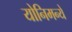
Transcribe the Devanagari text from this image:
योनिमन्ये